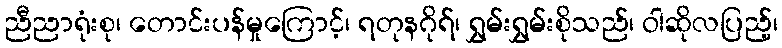
ညီညာရုံးစု၊ တောင်းပန်မှုကြောင့်၊ ရတုနဂိုရ်၊ ရွှမ်းရွှမ်းစိုသည်၊ ဝါဆိုလပြည့်၊